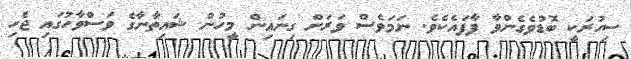
ސިހުރަކީ ބޮޑުވެގެންވާ ފާފައެކެވެ. ނަމަވެސް ވަރަށް ގިނައިން މީހުން ޝައިތާނާގެ ވަސްވާހުގައި ޖެހި